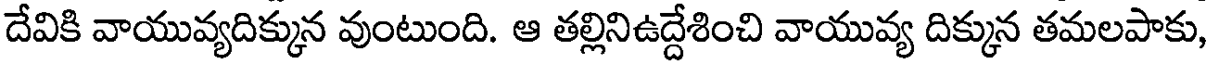
దేవికి వాయువ్యదిక్కున వుంటుంది. ఆ తల్లినిఉద్దేశించి వాయువ్య దిక్కున తమలపాకు,